Document type: Grant of rights
Year: 1326
Scribe: Bernat de Vilarúbia
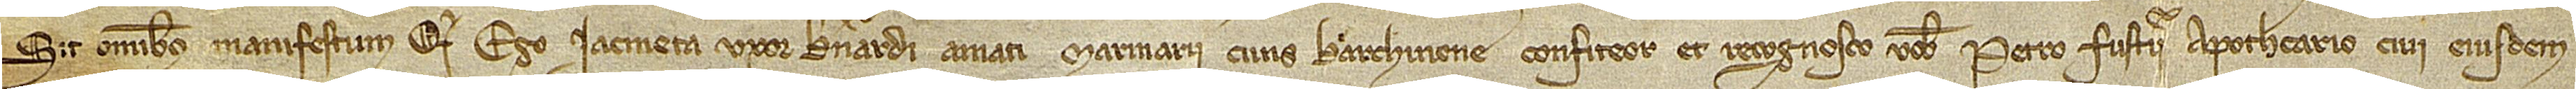
Sit omnibus manifestum quod ego Iacmeta, uxor Bernardi Amati, civis Barchinone, confiteor et recognosco vobis Petro Fusterii, apothecario, civi eiusdem